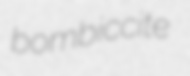
bombiccite